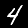
Digit: 4